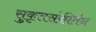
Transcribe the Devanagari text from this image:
सुकृतसंकीर्तन